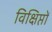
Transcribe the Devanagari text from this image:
विक्षिप्तों